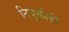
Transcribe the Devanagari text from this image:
नियुक्तीही